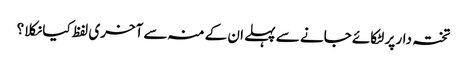
تختہ دار پر لٹکائے جانے سے پہلے ان کے منہ سے آخری لفظ کیا نکلا؟